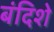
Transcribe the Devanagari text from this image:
बंदिशे